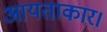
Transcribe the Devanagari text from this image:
आयताकार।